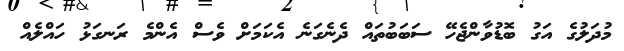
މުދަލުގެ އަގު ބޮޑުވާންޖެހޭ ސަބަބުތައް ދެނެގަނެ އެކަމަށް ވެސް އެންމެ ރަނގަޅު ހައްލެއް